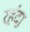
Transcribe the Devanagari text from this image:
रहंदा